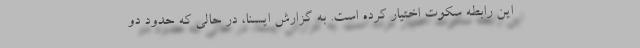
این رابطه سکوت اختیار کرده است. به گزارش ایسنا، در حالی که حدود دو